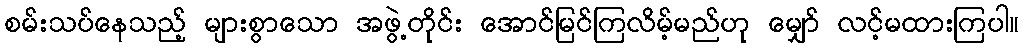
စမ်းသပ်နေသည့် များစွာသော အဖွဲ့တိုင်း အောင်မြင်ကြလိမ့်မည်ဟု မျှော် လင့်မထားကြပါ။